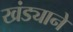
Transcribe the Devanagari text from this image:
खंड्याने